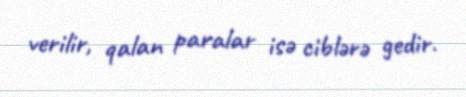
verilir, qalan paralar isə ciblərə gedir.